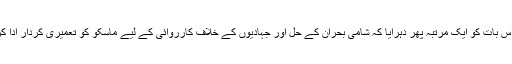
انہوں نے اِس بات کو ایک مرتبہ پھر دہرایا کہ شامی بحران کے حل اور جہادیوں کے خلاف کارروائی کے لیے ماسکو کو تعمیری کردار ادا کرنا چاہیے۔